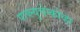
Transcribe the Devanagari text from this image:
पाव्ल्युचेन्कोव्हा